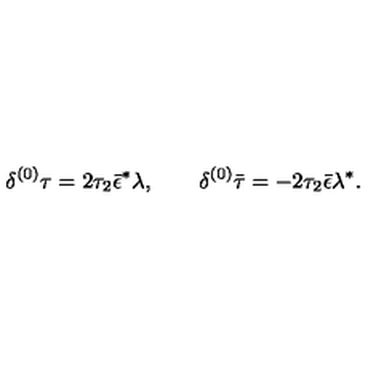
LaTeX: { \delta ^ { ( 0 ) } \tau = 2 \tau _ { 2 } \bar { \epsilon } ^ { * } \lambda , \qquad \delta ^ { ( 0 ) } \bar { \tau } = - 2 \tau _ { 2 } \bar { \epsilon } \lambda ^ { * } . }